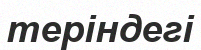
теріндегі